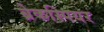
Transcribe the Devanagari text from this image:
ब्रेकस्पियर